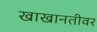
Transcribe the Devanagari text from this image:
खाखानतीवर